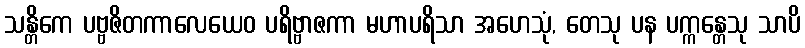
သန္တိကေ ပဗ္ဗဇိတကာလေယေဝ ပရိဗ္ဗာဇကာ မဟာပရိသာ အဟေသုံ, တေသု ပန ပက္ကန္တေသု သာပိ